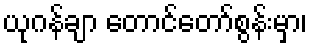
ယုဂန်ချာ တောင်တော်စွန်းမှာ၊